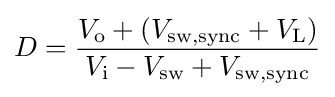
D={\frac {V_{\text{o}}+(V_{\text{sw,sync}}+V_{\text{L}})}{V_{\text{i}}-V_{\text{sw}}+V_{\text{sw,sync}}}}